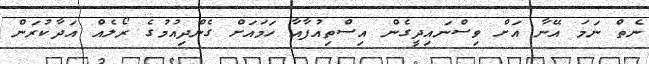
ނެތް ނަމަ އޭނާ އަށް ވިސްނައިދީގެން އިސްތިއުފާއާ ހަމައަށް ގެންދިއުމުގެ ރޯލެއް އަދާކުރަން